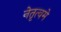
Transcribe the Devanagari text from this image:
नेतृत्वमे